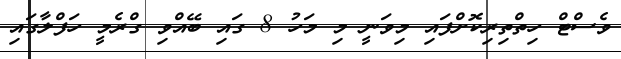
ވެސްޓް ހިތްތިރިކޮށްފައި މިވަނީ މި މަހު 8 ގައި ބޭއްވި ގްރެމީ ހަފްލާގައި